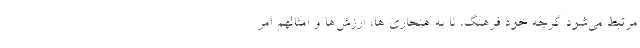
مرتبط می‌شود گرچه خود فرهنگ، نا به هنجاری ها، ارزش‌ها و امثالهم امر